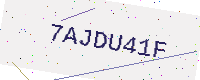
Text: 7AJDU41F